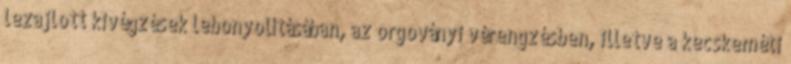
lezajlott kivégzések lebonyolításában, az orgoványi vérengzésben, illetve a kecskeméti